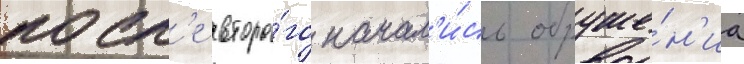
посл'е второ́го начал'и́сь обруше́н'иа